Investigations on Bengal jail dietaries - Number 37
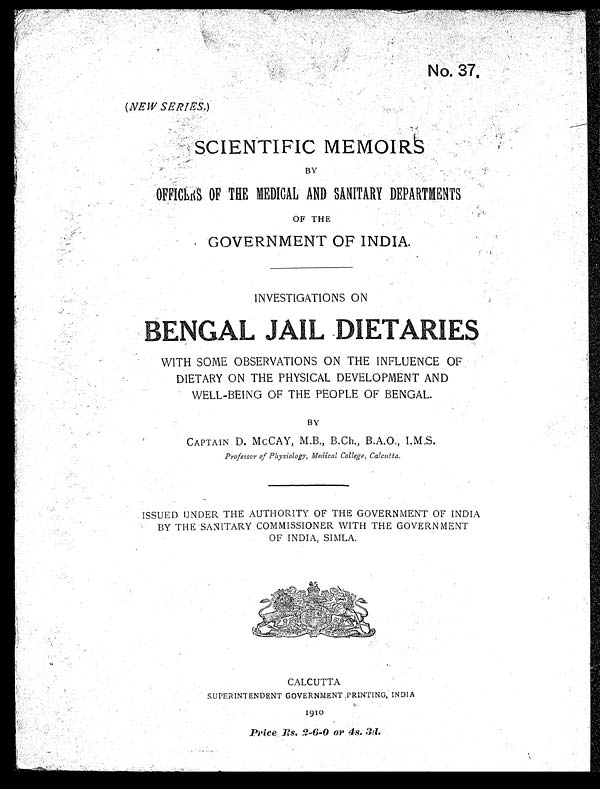
No. 37.
( NEW SERIES. )
SCIENTIFIC MEMOIRS
BY
OFFICERS OF THE MEDICAL AND SANITARY DEPARTMENTS
OF THE
GOVERNMENT OF INDIA.
INVESTIGATIONS ON
B E N G A L J A I L D I E T A R I E S
WITH SOME OBSERVATIONS ON THE INFLUENCE OF
DIETARY ON THE PHYSICAL DEVELOPMENT AND
WELL-BEING OF THE PEOPLE OF BENGAL.
BY
CAPTAIN D. McCAY, M.B.,
B.Ch., B.A.O., I.M.S.
Professor of Physiology, Medical College, Calcutta.
ISSUED UNDER THE AUTHORITY OF THE GOVERNMENT OF INDIA
BY THE SANITARY COMMISSIONER WITH THE GOVERNMENT
OF INDIA, SIMLA.
CALCUTTA
SUPERINTENDENT GOVERNMENT PRINTING, INDIA
1910
_Price Rs . 2-6-0 or 4s. 3d.